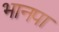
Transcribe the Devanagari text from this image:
भानपा